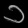
Digit: ၁